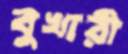
বুখারী